Report on the lunatic asylums under the Government of Bombay - 1904-1913
Year: 1904
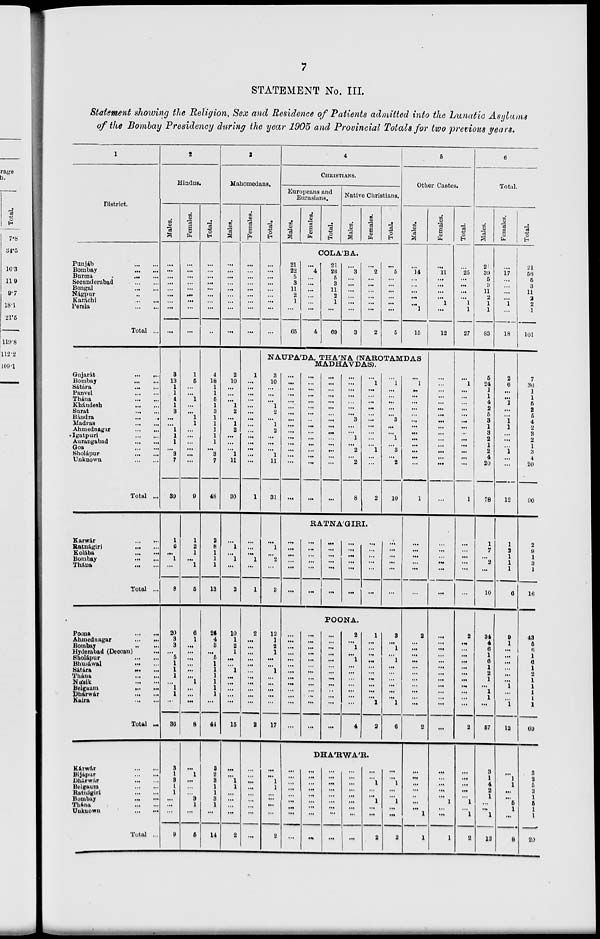
7
STATEMENT No. III.
Statement showing the Religion, Sex and Residence of Patients admitted into the Lunatic Asylums
of the Bombay Presidency during the year 1905 and Provincial Totals for two previous years.
1
District.
Punjáb
...
...
Bombay
...
...
Burma
...
...
Secunderabad
...
...
Bengal
...
...
Nágpur ... ...
Karáchi
...
...
Persia
...
...
Total ...
Gujarát
...
...
Bombay
...
...
Sátára
...
...
Panvel
...
...
Thána
...
...
Khándesh
...
...
Surat
...
...
Bándra
...
...
Madras
...
...
Ahmednagar
...
...
Igatpuri
...
...
Aurangabad
...
...
Goa
...
...
Sholápur
...
...
Unknown
...
...
Total ...
Karwár
...
...
Ratnágiri
...
...
Kolába
...
...
Bombay
...
...
Thána
...
...
Total ...
Poona
...
...
Ahmednagar
...
...
Bombay
...
...
Hyderabad (Deccan) ...
Sholápur
...
...
Bhusáwal
...
...
Sátára
...
...
Thána
...
...
Násik
...
...
Belgaum
...
...
Dháwár
...
...
Kaira
...
...
Total ...
Kárwár
...
...
Bijápur
...
...
Dhárwár
...
...
Belgaum
...
...
Ratnágiri
...
...
Bombay
...
...
Thána
...
...
Unknown
...
...
Total ..
2
Hindus.
Males.
...
...
...
...
...
...
...
...
...
3
13
1
1
4
1
3
...
...
1
1
1
...
3
7
39
1
6
...
1
...
8
20
3
3
...
5
1
1
1
...
1
1
...
36
3
1
3
1
1
...
...
...
9
Females.
...
...
...
...
...
...
...
...
...
1
5
...
...
1
...
...
1
1
...
...
...
...
...
...
9
1
2
1
...
1
5
6
1
...
...
...
...
...
...
1
...
...
...
8
...
1
...
...
...
3
1
...
6
Total.
...
...
...
...
...
...
...
...
...
4
18
1
1
5
1
3
1
1
1
1
1
...
3
7
48
2
8
1
1
1
13
26
4
3
...
5
1
1
1
1
1
1
...
44
3
2
3
1
1
3
1
...
14
3
Mahomedans.
Males.
...
...
...
...
...
...
...
...
...
2
10
...
...
...
1
2
...
1
2
...
...
...
1
11
30
...
1
...
1
...
2
10
1
2
1
...
...
1
...
...
...
...
...
15
...
...
1
1
...
...
...
...
2
Females.
...
...
...
...
...
...
...
...
...
1
...
...
...
...
...
...
...
...
...
...
...
...
...
...
1
...
...
...
1
...
1
2
...
...
...
...
...
...
...
...
...
...
...
2
...
...
...
...
...
...
...
...
...
Total.
...
...
...
...
...
...
...
...
...
4
CHRISTIANS.
Europeans and
Eurasians.
Males.
Females.
Total.
Native Christians.
Males.
Females.
Total.
COLA'BA.
21
22
5
3
11
2
1
...
65
...
4
...
...
...
...
...
...
4
21
26
5
3
11
2
1
...
69
...
3
...
...
...
...
...
...
3
...
2
...
...
...
...
...
...
2
...
5
...
...
...
...
...
...
5
5
Other Castes.
Males.
...
14
...
...
...
...
...
1
15
NAUPA'DA, THA'NA (NAROTAMDAS
MADHAVDAS).
3
10
...
...
...
1
2
...
1
2
...
...
...
1
11
31
...
1
...
2
...
3
12
1
2
1
...
...
1
...
...
...
...
...
17
...
...
1
1
...
...
...
...
2
...
...
...
...
...
...
...
...
...
...
...
...
...
...
...
...
...
...
...
...
...
...
...
...
...
...
...
...
...
...
...
...
...
...
...
...
...
...
...
...
...
...
...
...
...
...
...
...
...
...
...
...
...
...
3
...
...
1
...
2
...
2
8
...
1
...
...
...
...
...
...
...
...
...
...
1
...
...
2
...
1
...
...
...
...
...
3
...
...
1
...
3
...
2
10
RATNA'GIRI.
...
...
...
...
...
...
...
...
...
...
...
...
...
...
...
...
...
...
...
...
...
...
...
...
...
...
...
...
...
...
...
...
...
...
...
...
POONA.
...
...
...
...
...
...
...
...
...
...
...
...
...
...
...
...
...
...
...
...
...
...
...
...
...
...
...
...
...
...
...
...
...
...
...
..
...
...
...
2
...
1
...
1
...
...
...
...
...
...
...
4
1
...
...
...
...
...
...
...
...
...
...
1
2
3
...
1
...
1
...
...
...
...
...
...
1
6
DHA'RWA'R.
...
...
...
...
...
...
...
...
...
...
...
...
...
...
...
...
...
...
...
...
...
...
...
...
...
...
...
...
...
...
...
...
...
...
...
...
...
...
1
...
...
1
...
...
2
...
...
1
...
...
1
...
...
2
...
1
...
...
...
...
...
...
...
...
...
...
...
...
...
1
...
...
...
...
...
...
2
...
...
...
...
...
...
...
...
...
...
...
2
...
...
...
...
..
...
...
1
1
Females.
...
11
...
...
...
...
1
...
12
...
...
...
...
...
...
...
...
...
...
...
...
...
...
...
...
...
...
...
...
...
...
...
...
...
...
...
...
...
...
...
...
...
...
...
...
...
...
...
...
1
...
...
1
Total.
...
25
...
...
...
...
1
1
27
...
1
...
...
...
...
...
...
...
...
...
...
...
...
...
1
...
...
...
...
...
...
2
...
...
...
...
...
...
...
...
...
...
...
2
...
...
...
...
...
1
...
1
2
6
Total.
Males.
21
39
5
3
11
2
1
1
83
5
24
1
1
4
2
5
3
1
3
2
1
2
4
20
78
1
7
...
2
...
10
34
4
6
1
6
1
2
1
...
1
1
...
57
3
1
4
2
1
...
...
1
12
Females.
...
17
...
...
...
...
1
...
18
2
6
...
...
1
...
...
1
1
...
...
...
1
...
...
12
1
2
1
1
1
6
9
1
...
...
...
...
...
...
1
...
...
1
12
...
1
1
...
...
5
1
...
8
Total.
21
56
5
3
11
2
2
1
101
7
30
1
1
5
2
5
4
2
3
2
1
3
4
20
90
2
9
1
3
1
16
43
5
6
1
6
1
2
1
1
1
1
1
69
3
2
5
2
1
5
1
1
20